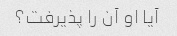
آیا او آن را پذیرفت؟